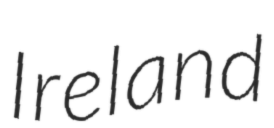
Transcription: Ireland